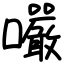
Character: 㘙